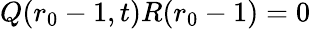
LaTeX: Q(r_{0}-1,t)R(r_{0}-1)=0